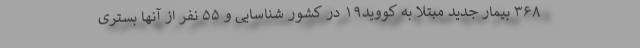
۳۶۸ بیمار جدید مبتلا به کووید۱۹ در کشور شناسایی و ۵۵ نفر از آنها بستری